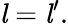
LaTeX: {{\mathit{l}}={\mathit{l}}^{\prime}}.